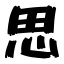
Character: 思